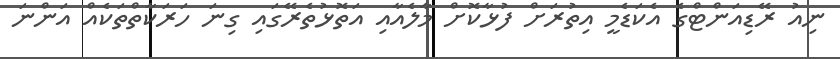
ނިއު ރޭޑިއަންޓްގެ އެކަޑެމީ އިތުރަށް ފުޅާކޮށް މާލެއާއި އަތޮޅުތެރޭގައި ގިނަ ހަރަކާތްތަކެއް އަންނަ